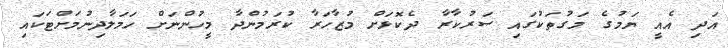
އަދި އެއީ ޔަމުގެ މަގުތަކުގައި ސަރުކާރާ ދެކޮޅަށް މުޒާހަރާ ކުރަމުންދާ މީހުންނަށް ހަމަލާދިނުމަށްޓަކައި